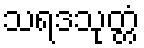
သရဒသုတ္တံ